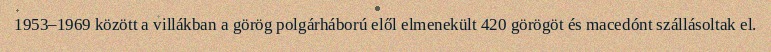
1953–1969 között a villákban a görög polgárháború elől elmenekült 420 görögöt és macedónt szállásoltak el.